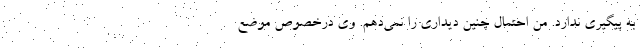
به پیگیری ندارد. من احتمال چنین دیداری را نمی‌دهم. وی درخصوص موضع